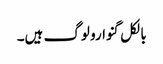
بالکل گنوارو لوگ ہیں۔